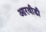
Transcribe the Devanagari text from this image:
आरवीडी